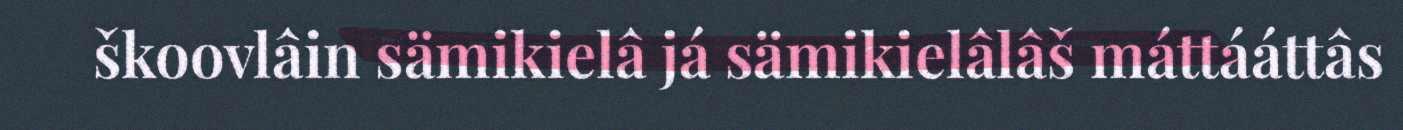
škoovlâin sämikielâ já sämikielâlâš máttááttâs